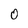
Character: O